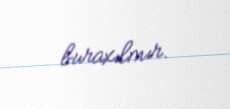
buraxılmır.